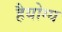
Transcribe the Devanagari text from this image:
हैयोग्य